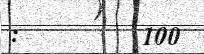
:        100